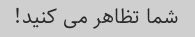
شما تظاهر می کنید!